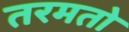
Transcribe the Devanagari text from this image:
तरमतो